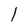
Character: 1